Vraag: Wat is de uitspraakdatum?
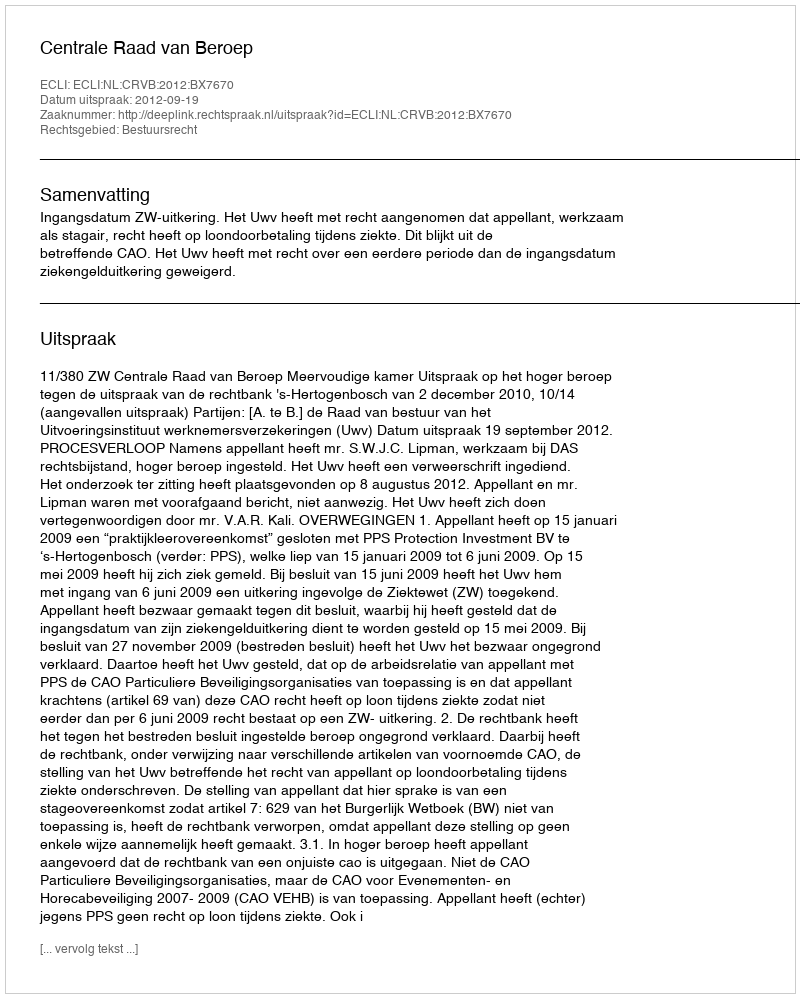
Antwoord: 2012-09-19